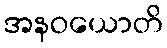
အနဝယောတိ